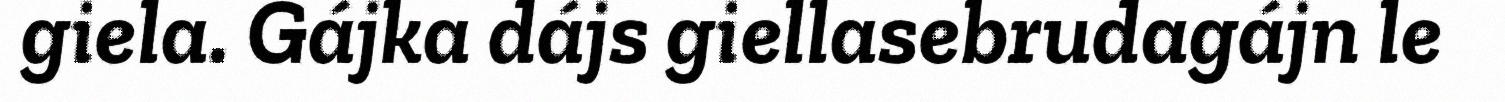
giela. Gájka dájs giellasebrudagájn le